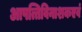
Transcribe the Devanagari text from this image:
आपत्तिविनाशकएवं